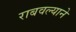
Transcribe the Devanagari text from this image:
राबवल्याने